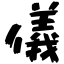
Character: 儀